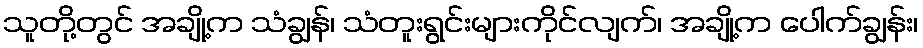
သူတို့တွင် အချို့က သံချွန်၊ သံတူးရွင်းများကိုင်လျက်၊ အချို့က ပေါက်ချွန်း၊